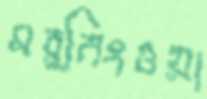
মর্নিংওয়া